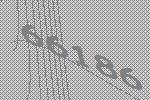
66186